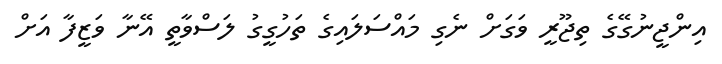
އިންޖީނުގޭގެ ތިޖޫރީ ވަގަށް ނެގި މައްސަލައިގެ ތަހުގީގު ލަސްވާތީ އޭނާ ވަޒީފާ އަށް